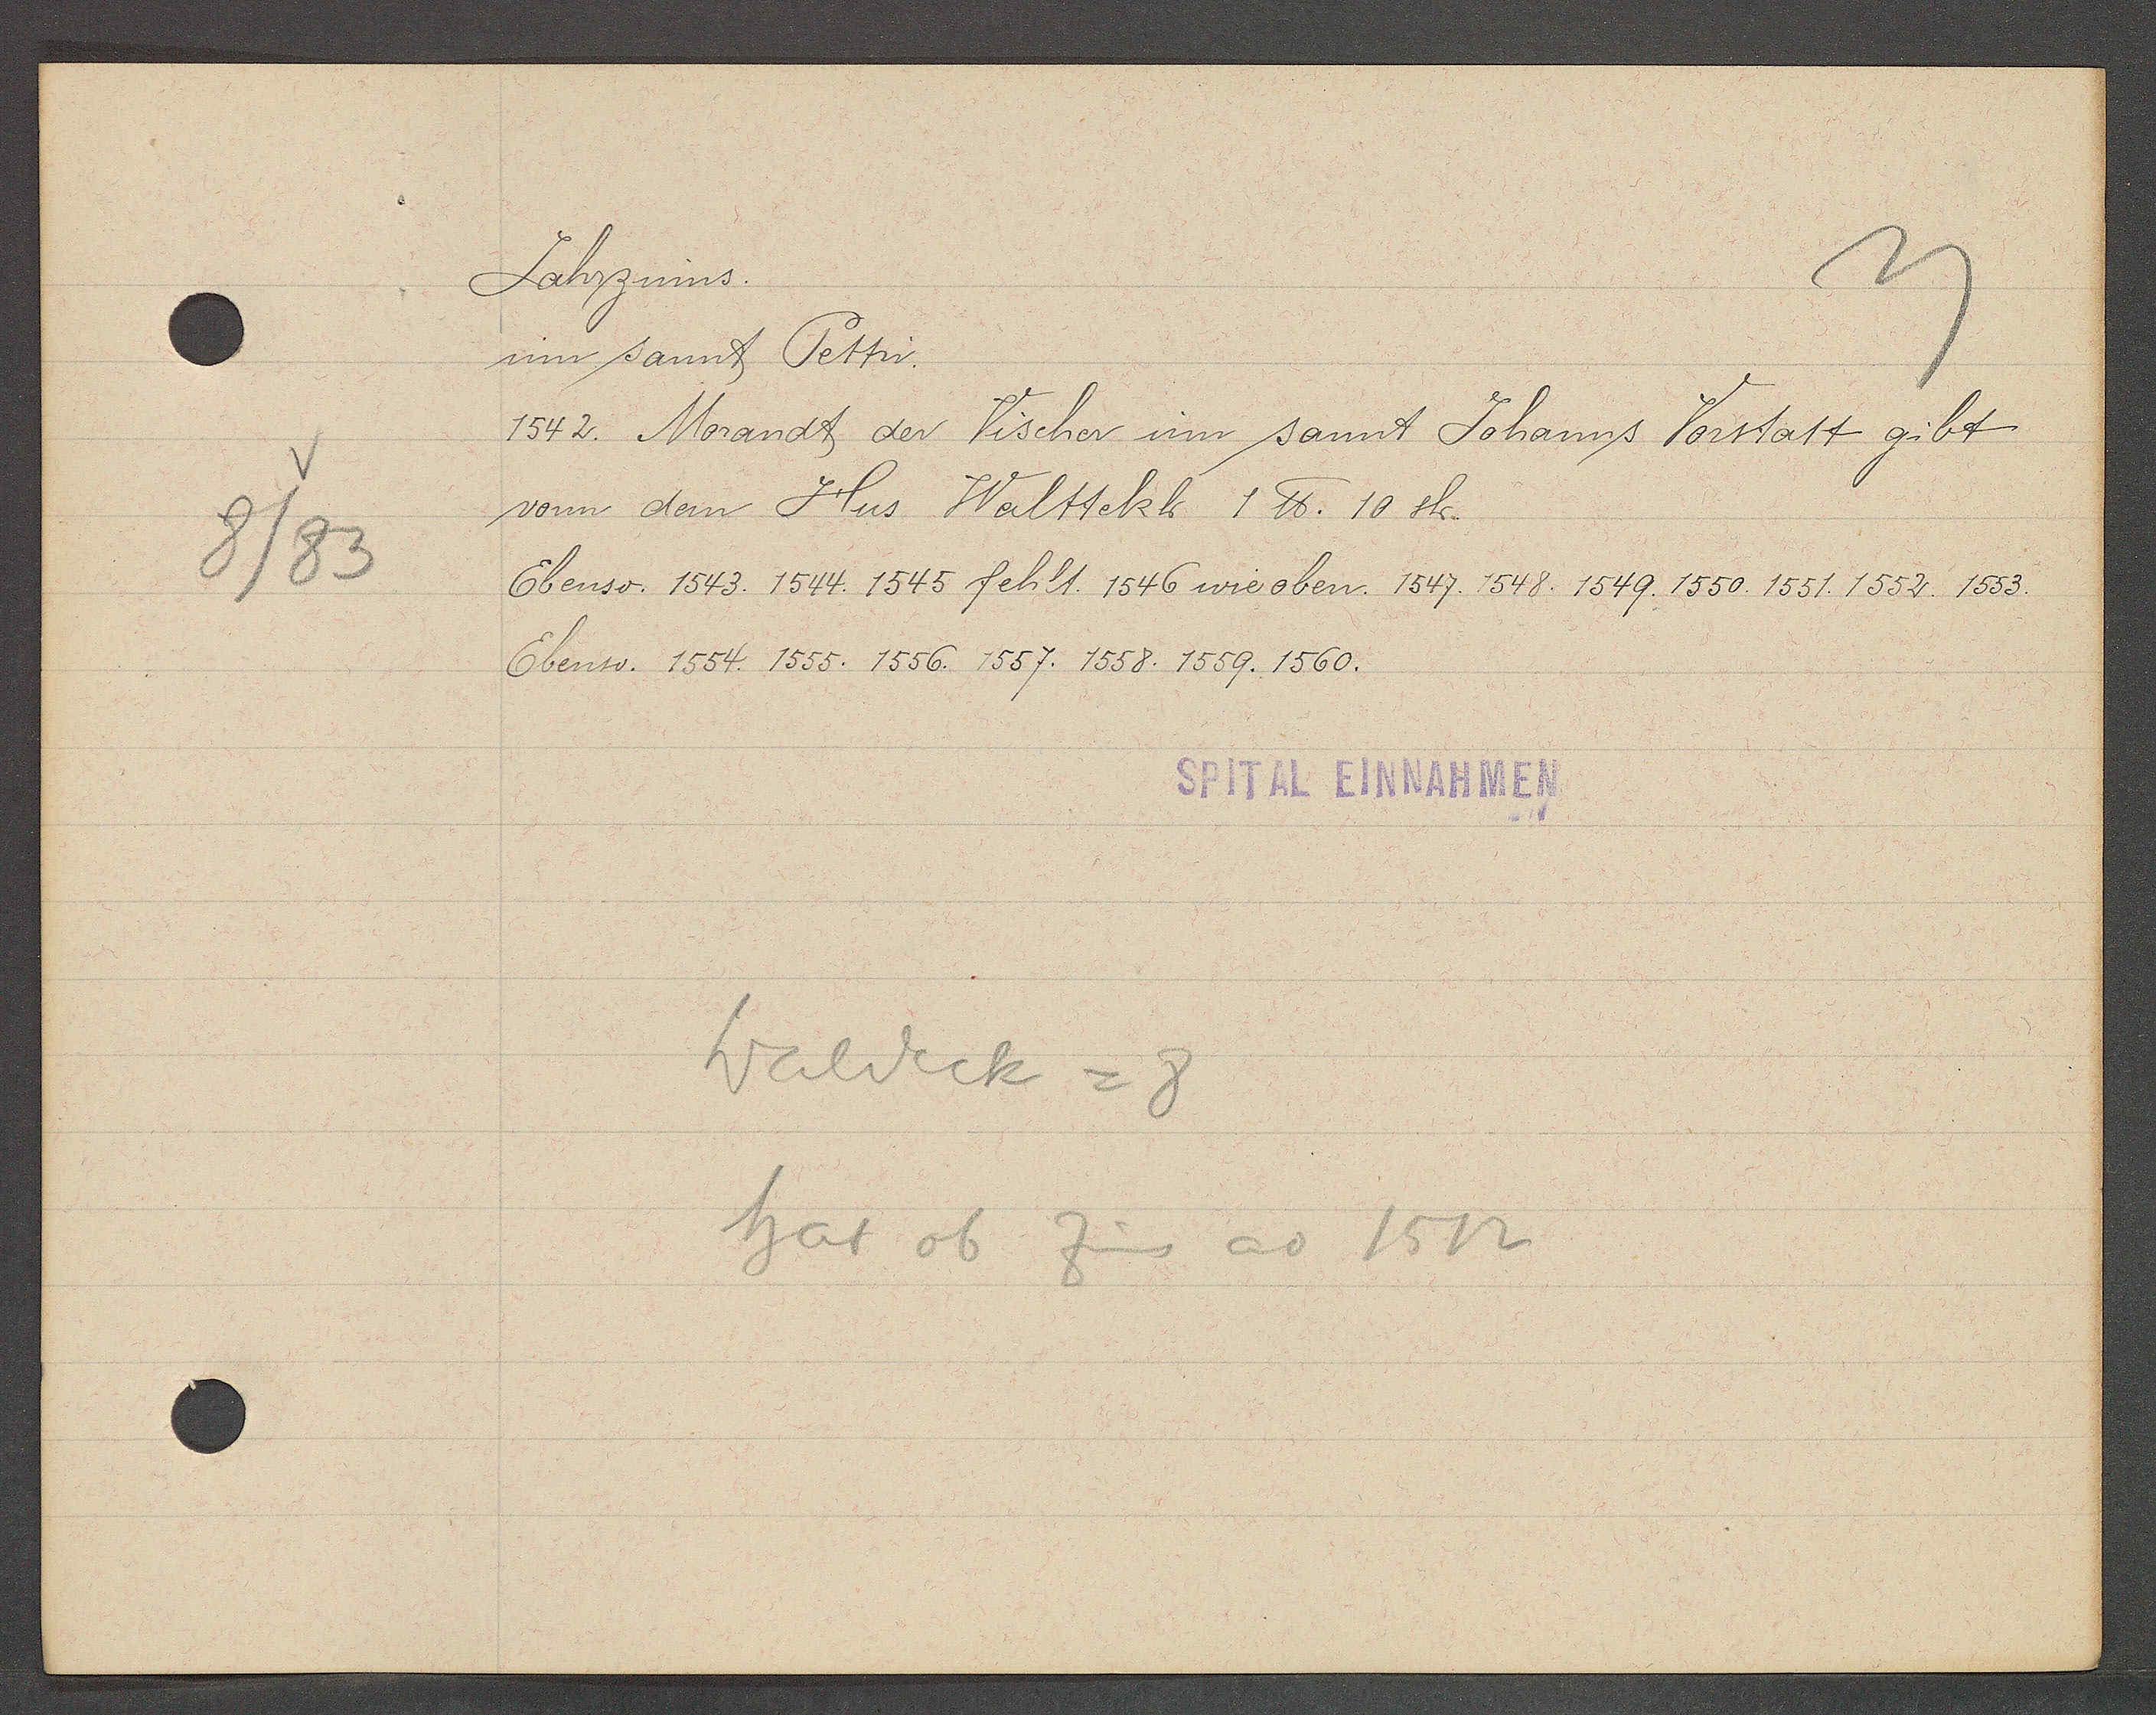
Transcript:
8/83

Jahrzinns.

inn sannt Pettri.
1542. Morandt der Vischer inn sannt Johanns Vorstatt gibt
vonn dem Hus Walttekh 1 ℔. 10 sh.
Ebenso. 1543. 1544. 1545 fehlt. 1546 wie oben. 1547. 1548. 1549. 1550. 1551. 1552 1553.
Ebenso: 1554. 1555. 1556. 1557. 1558. 1559. 1560.

SPITAL EINNAHMEN

Waldeck = 8
hat ob Zins ao 1512